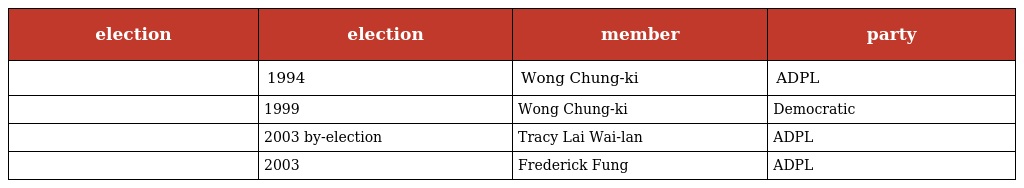
| election | election | member | party |
 | --- | --- | --- | --- |
 |  | 1994 | Wong Chung-ki | ADPL |
 |  | 1999 | Wong Chung-ki | Democratic |
 |  | 2003 by-election | Tracy Lai Wai-lan | ADPL |
 |  | 2003 | Frederick Fung | ADPL |